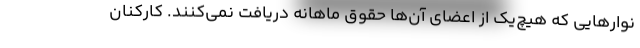
نوارهایی که هیچ‌یک از اعضای آن‌ها حقوق ماهانه دریافت نمی‌کنند. کارکنان